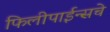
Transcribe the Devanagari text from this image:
फिलीपाईन्सचे